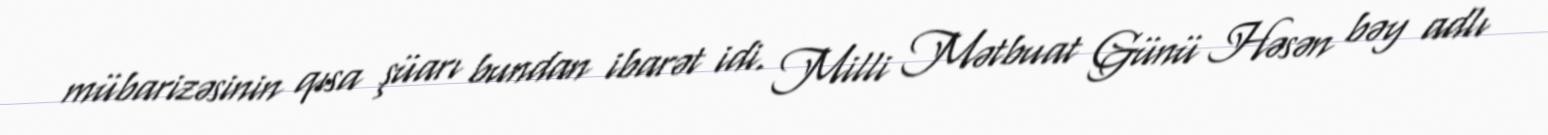
mübarizəsinin qısa şüarı bundan ibarət idi. Milli Mətbuat Günü Həsən bəy adlı